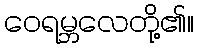
ဝေရမ္ဘလေတို့၏။